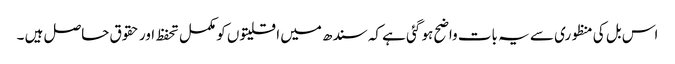
اس بل کی منظوری سے یہ بات واضح ہو گئی ہے کہ سندھ میں اقلیتوں کو مکمل تحفظ اور حقوق حاصل ہیں ۔